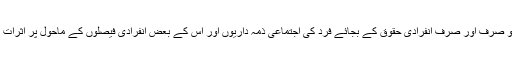
مختصراً یہ کہ اسلام پر انفرادی آزادیوں کے حوالے سے طنز اور تنقید کرنے والے اگر معاملے کو صرف اور صرف انفرادی حقوق کے بجائے فرد کی اجتماعی ذمہ داریوں اور اس کے بعض انفرادی فیصلوں کے ماحول پر اثرات کے تناظر میں تولیں اور ناپیں گے تو وہ یقیناً اسلامی نظریات و فکریات کے ہی پاس پہنچیں گے۔